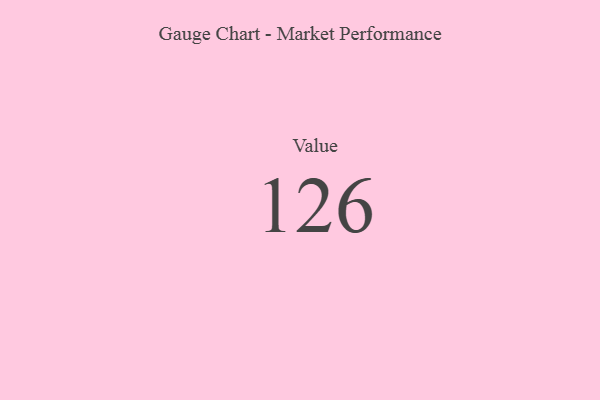
{"axis": {"x": "Metric", "y": "Value"}, "legend": [""], "data": [{"x": "Value", "y": 126, "type": ""}]}